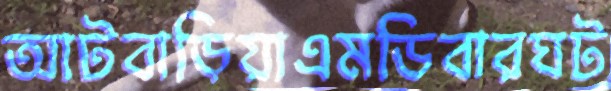
আটবাড়িয়াএমডিবারঘট